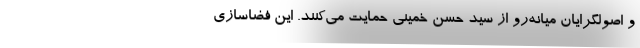
و اصولگرایان میانه‌رو از سید حسن خمینی حمایت می‌کنند. این فضاسازی